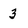
Character: 3